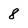
Character: 8